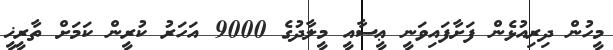
މީހުން ދިރިއުޅެން ފަށާފައިވަނީ ޢީސާއީ މީލާދުގެ 9000 އަހަރު ކުރީން ކަމަށް ތާރީޚީ